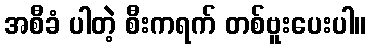
အစီခံ ပါတဲ့ စီးကရက် တစ်ဗူးပေးပါ။